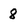
Character: 8